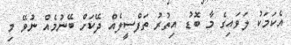
އެކަމަކު ލަވައިގެ މާ ބޮޑު އިތުރު ތަފްސީލެއް ދޭކަށް ބޭނުމެއް ނުވޭ މި